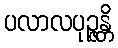
ပလာလပုဉ္ဇန္တိ